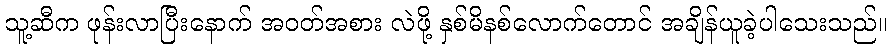
သူ့ဆီက ဖုန်းလာပြီးနောက် အဝတ်အစား လဲဖို့ နှစ်မိနစ်လောက်တောင် အချိန်ယူခဲ့ပါသေးသည်။